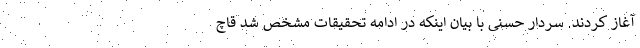
آغاز کردند. سردار حسنی با بیان اینکه در ادامه تحقیقات مشخص شد قاچ